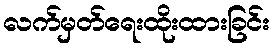
လက်မှတ်ရေးထိုးထားခြင်း